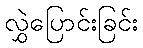
လွှဲပြောင်းခြင်း